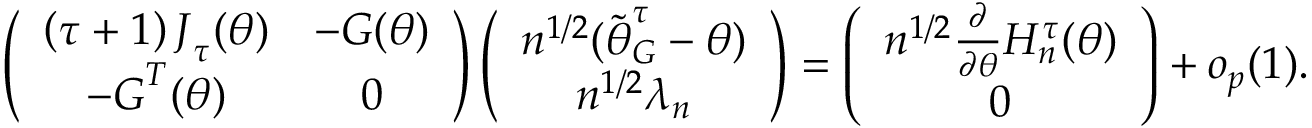
\left( \begin{array} { c c } { \left( \tau + 1 \right) \boldsymbol { J } _ { \boldsymbol { \tau } } ( \boldsymbol { \theta } ) } & { - \boldsymbol { G } ( \boldsymbol { \theta } ) } \\ { - \boldsymbol { G } ^ { T } ( \boldsymbol { \theta } ) } & { \boldsymbol { 0 } } \end{array} \right) \left( \begin{array} { c } { n ^ { 1 / 2 } ( \widetilde { \boldsymbol { \theta } } _ { G } ^ { \tau } - \boldsymbol { \theta } ) } \\ { n ^ { 1 / 2 } \boldsymbol { \lambda } _ { n } } \end{array} \right) = \left( \begin{array} { c } { n ^ { 1 / 2 } \frac { \partial } { \partial \boldsymbol { \theta } } H _ { n } ^ { \tau } ( \boldsymbol { \theta } ) } \\ { \boldsymbol { 0 } _ { } } \end{array} \right) + o _ { p } ( 1 ) .